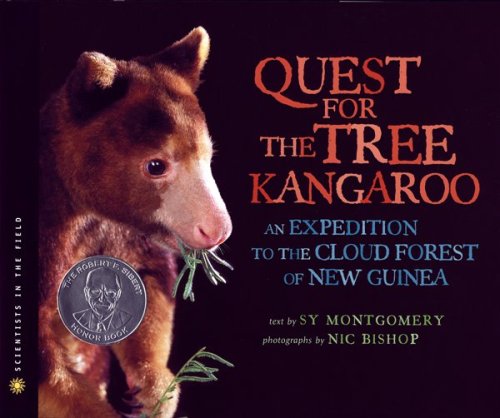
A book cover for The Quest for the Tree Kangaroo: An Expedition to the Cloud Forest of New Guinea (Scientists in the Field Series); Sy Montgomery; Children's Books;